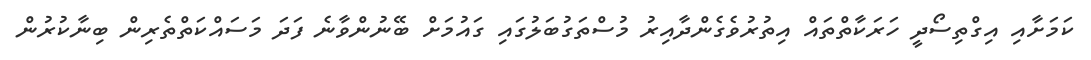
ކަމަށާއި އިގްތިސޯދީ ހަރަކާތްތައް އިތުރުވެގެންދާއިރު މުސްތަގުބަލުގައި ގައުމަށް ބޭނުންވާނެ ފަދަ މަސައްކަތްތެރިން ބިނާކުރުން